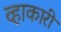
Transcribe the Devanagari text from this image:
व्हाकारी